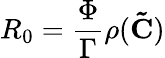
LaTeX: R_{0}=\frac{\Phi}{\Gamma}\rho(\mathbf{\tilde{C}})